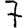
Digit: 7